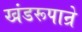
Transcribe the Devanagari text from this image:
खंडरूपान्रे